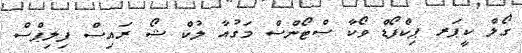
ގޯލް ކީޕަރ ޕިކްފޯޑް ވޯކާ ސްޓޯންސް މަގުއާ ލުކް ޝޯ ރައިސް ފިލިޕްސް